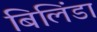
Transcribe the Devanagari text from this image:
बिलिंडा